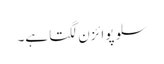
سلو پوائزن لگتا ہے۔